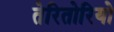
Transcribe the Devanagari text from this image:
तेरितोरियो